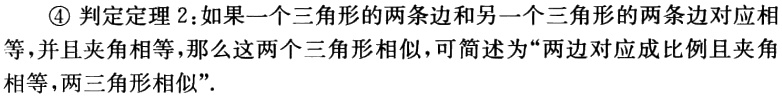
\textcircled{4} 判定定理 2：如果一个三角形的两条边和另一个三角形的两条边对应相等，并且夹角相等，那么这两个三角形相似，可简述为“两边对应成比例且夹角相等，两三角形相似”.